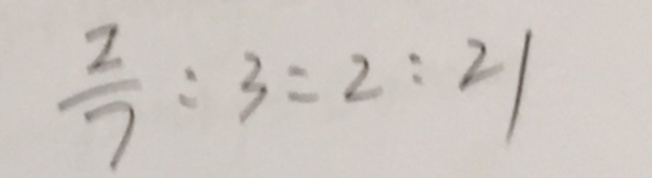
\frac { 2 } { 7 } : 3 = 2 : 2 1